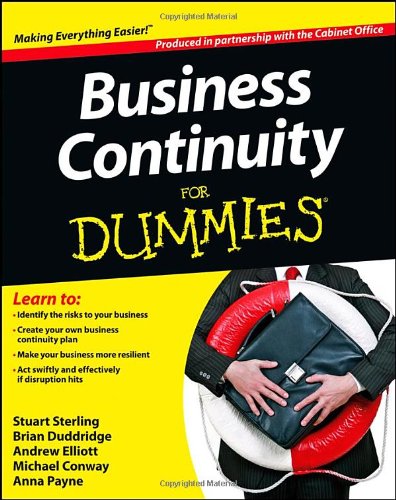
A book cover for Business Continuity For Dummies; The Cabinet Office; Business & Money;